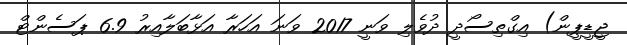
ޖީޑީޕީން) އިގްތިސޯދީ ދުވެލި ވަނީ 2017 ވަނަ އަހަރާ އަޅާބަލާއިރު 6.9 ޕަސެންޓް